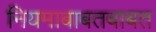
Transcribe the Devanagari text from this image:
नियमाबाबतबाबत